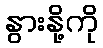
နွားနို့ကို